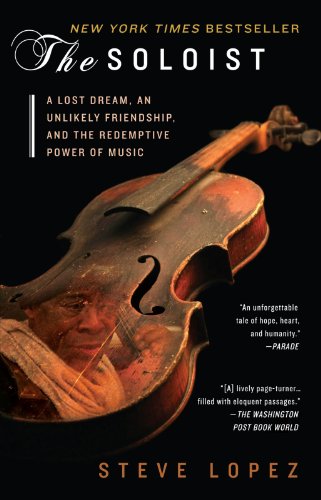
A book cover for The Soloist; Steve Lopez; Politics & Social Sciences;